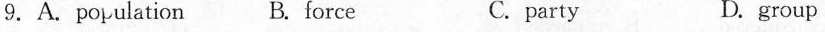
9.A.Population B. force C.party D. group